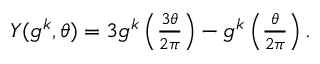
\begin{array} { r } { Y ( g ^ { k } , \theta ) = 3 g ^ { k } \left( \frac { 3 \theta } { 2 \pi } \right) - g ^ { k } \left( \frac { \theta } { 2 \pi } \right) . } \end{array}